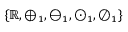
\{ \mathbb { R } , \oplus _ { 1 } , \ominus _ { 1 } , \odot _ { 1 } , \oslash _ { 1 } \}